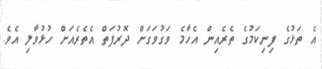
އެ ތަޅުގެ ފިނިކަމުގެ ތެރެއިން އެހާމެ ވަގުވަގަށް ދޮރުފަތް އެތެރެއަށް ހުޅުވާލި އެވެ.